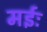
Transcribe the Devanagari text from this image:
मईः